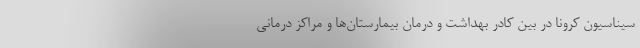
سیناسیون کرونا در بین کادر بهداشت و درمان بیمارستان‌ها و مراکز درمانی